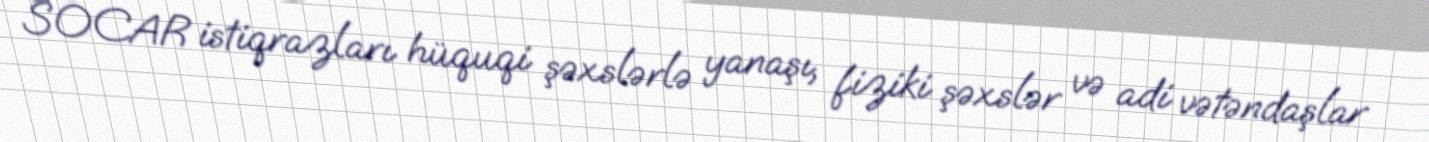
SOCAR istiqrazları hüquqi şəxslərlə yanaşı, fiziki şəxslər və adi vətəndaşlar